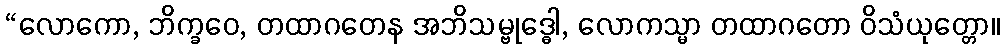
“လောကော, ဘိက္ခဝေ, တထာဂတေန အဘိသမ္ဗုဒ္ဓေါ, လောကသ္မာ တထာဂတော ဝိသံယုတ္တော။